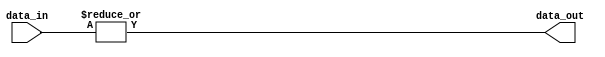
module OR_gate (
    input [63:0] data_in,
    output reg data_out
);

assign data_out = |data_in;

endmodule